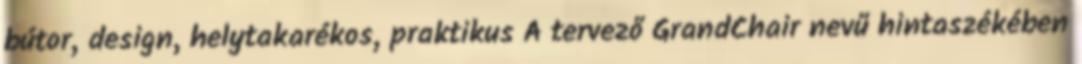
bútor, design, helytakarékos, praktikus A tervező GrandChair nevű hintaszékében